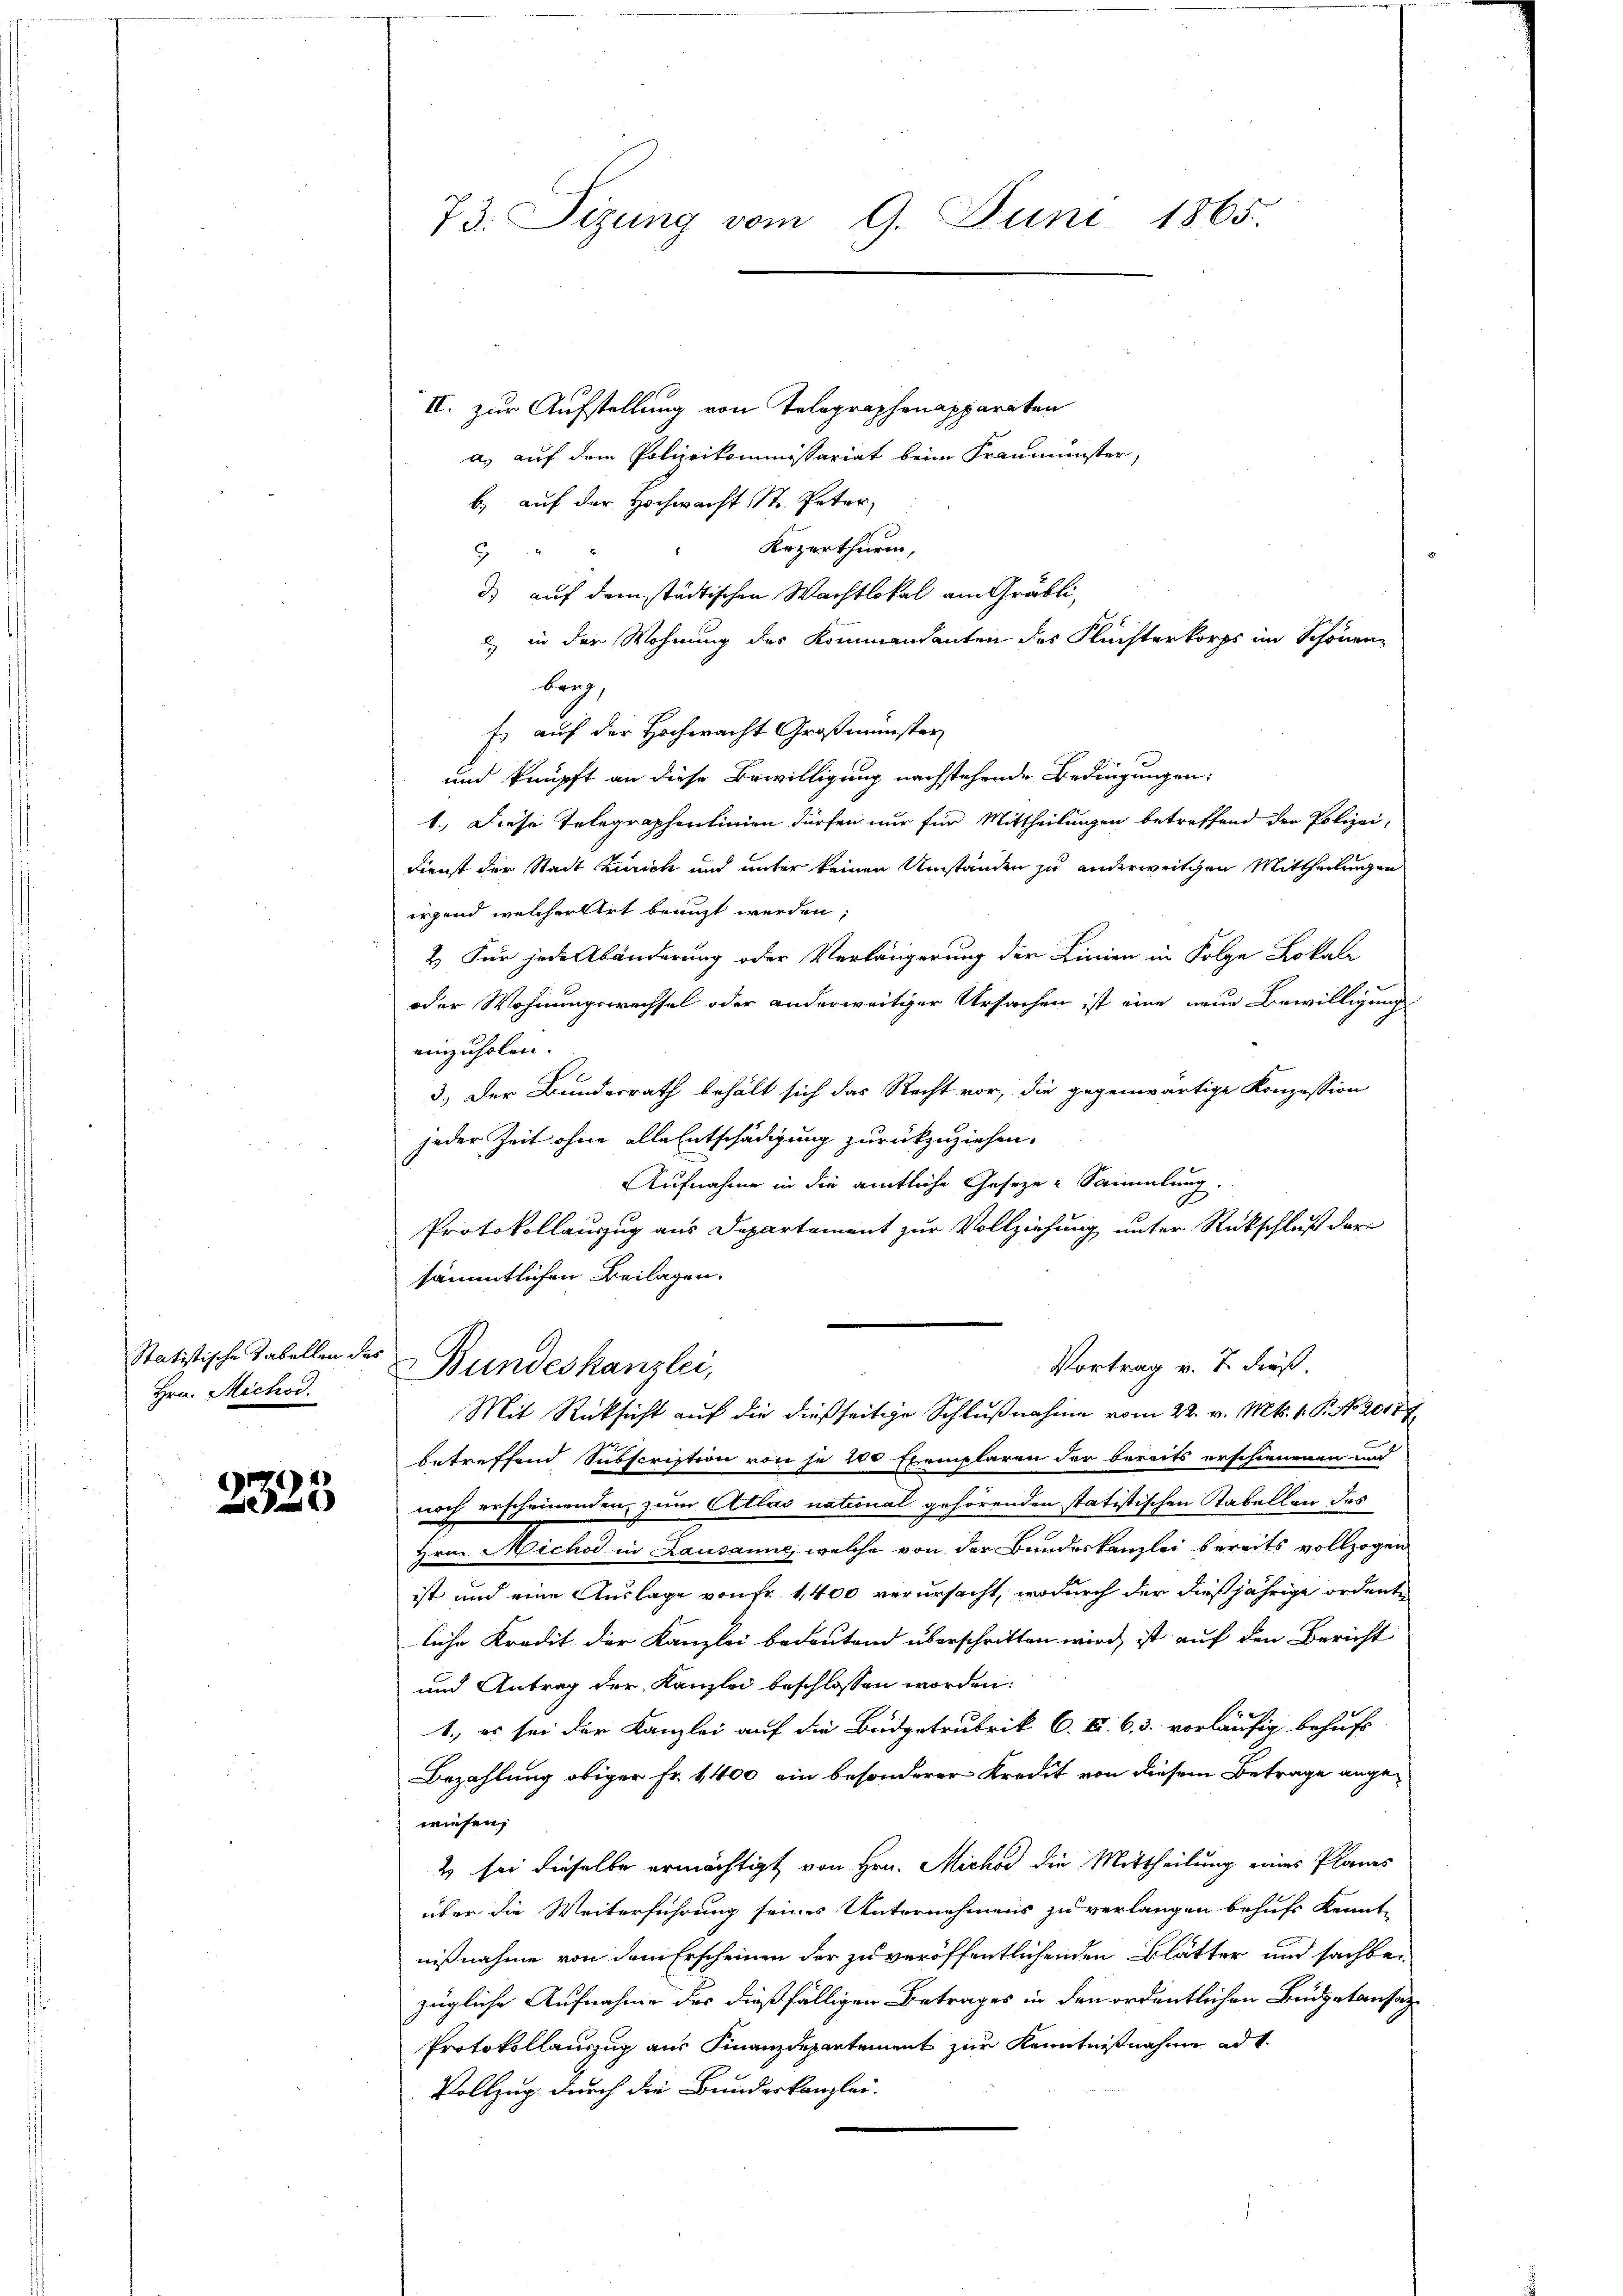
Statistische Tabellen des
Hrn. Michod.

2325

73. Sizung vom 9. Juni 1865.

II. zur Aufstellung von Telegraphenapparaten
a) auf dem Polizeikommissariat beim Fraumünster,
b) auf der Hochwacht St. Peter,
Kezerthurm,
6
d) auf denstädtischen Wachtlokal am Grübli¬
2) in der Wohnung des Kommandanten des Flüchterkorps im Schönen
berg,
f. auf der Hochwacht Großmünster
und knüpft an diese Bewilligung nachstehende Bedingungen:
1. Diese Telegraphenlinien dürfen nur für Mittheilungen betreffend der Polizei-
Dienst der Stadt Zürich und unter keinen Umständen zu anderweitigen Mittheilungen
irgend welcher Art benuzt werden;
2) Für jede Abänderung oder Verlängerung der Linien in Folge Lokale
oder Wohnungswechsel oder anderweitiger Ursachen ist eine neue Bewilligung
einzuholen.
3.) Der Bundesrath behält sich das Recht vor, die gegenwärtige Konzession
jeder Zeit ohne alle Entschädigung zurückzuziehen.
Aufnahme in die amtliche Geseze-Sammlung.
Protokollauszug aus Departement zur Vollziehung unter Rückschluß dari
sämmtlichen Beilagen.
Vortrag v. J. dieß.
Bundeskanzlei,
Mit Rücksicht auf die dießseitige Schlußnahme vom 22. v. Mts. 1. P. No 20177
betreffend Subscription von je 200 Exemplaren der bereits erschienenen un
noch erscheinenden, zum Atlas national gehörenden statistischen Tabellan des
Hrn. Michod in Lausanne, welche von der Bundeskanzlei bereits vollzogen
ist und eine Auslage von fr. 1400 verursacht, wodurch der dießjährige ordente
liche Kredit der Kanzlei bedeutend überschritten wird, ist auf den Bericht
und Antrag der Kanzlei beschlossen worden:
1., es sei der Kanzlei auf die Budgetrubrik C. II. 63. vorläufig behufs
Bezahlung obiger Fr. 1400 ein besonderer Kredit von diesem Betrage angewiesen,
& sei dieselbe ermächtigt von Hrn. Michod die Mittheilung eines Planes
über die Weiterführung seines Unternehmens zu verlangen behufs Kennt-
nißnahme von dem Erscheinen der zu veröffentlichenden Blätter und sachbar
zügliche Aufnahme des dießfälligen Betrages in den ordentlichen Büdgetansag¬
Protokollauszug aus Finanzdepartement zur Kenntnißnahme ad 1.
Vollzug durch die Bundeskanzlei-